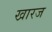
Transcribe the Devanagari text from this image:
खारज